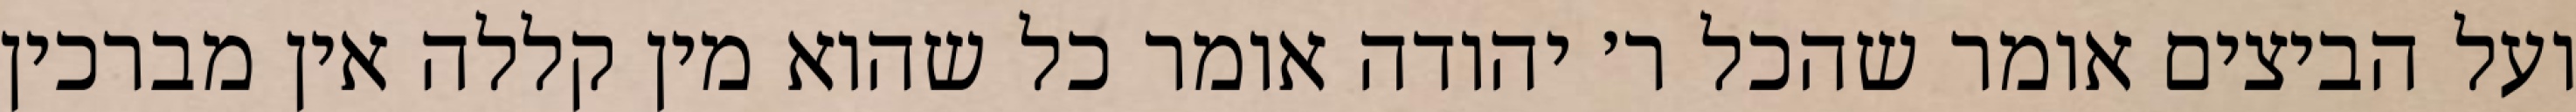
ועל הביצים אומר שהכל ר׳ יהודה אומר כל שהוא מין קללה אין מברכין